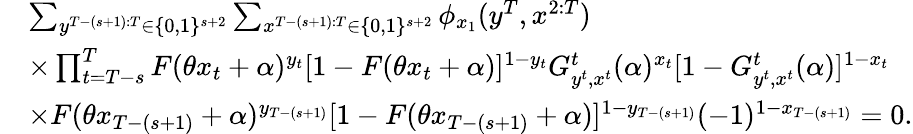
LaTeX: \begin{array}{rl}&{\sum_{y^{T-(s+1):T}\in\{ 0,1\} ^{s+2}}\sum_{x^{T-(s+1):T}\in\{ 0,1\} ^{s+2}}\phi_{x_{1}}(y^{T},x^{2:T})}\\ &{\times\prod_{t=T-s}^{T}F(\theta x_{t}+\alpha)^{y_{t}}[1-F(\theta x_{t}+\alpha)]^{1-y_{t}}G_{y^{t},x^{t}}^{t}(\alpha)^{x_{t}}[1-G_{y^{t},x^{t}}^{t}(\alpha)]^{1-x_{t}}}\\ &{\times F(\theta x_{T-(s+1)}+\alpha)^{y_{T-(s+1)}}[1-F(\theta x_{T-(s+1)}+\alpha)]^{1-y_{T-(s+1)}}(-1)^{1-x_{T-(s+1)}}=0.}\end{array}